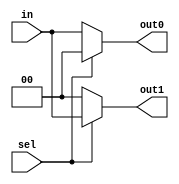
module DEMUX2(input[1:0] in, output reg[1:0] out0, output reg[1:0] out1, input sel);

always@(in or sel) begin
	if (sel == 0) begin
		out0 = in;
		out1 = 0;
	end
	else begin
		out0 = 0;
		out1 = in;
	end
end

endmodule